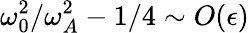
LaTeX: \omega_{0}^{2}/\omega_{A}^{2}-1/4\sim O(\epsilon)